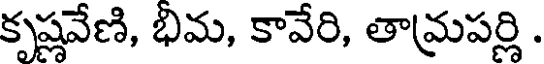
కృష్ణవేణి, భిమ, కావేరి, తామ్రపర్లి .